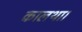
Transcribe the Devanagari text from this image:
कालथा।